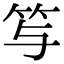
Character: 𥫣